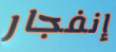
إنفجار